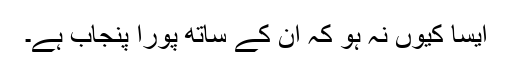
ایسا کیوں نہ ہو کہ ان کے ساتھ پورا پنجاب ہے۔